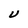
Character: U